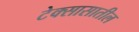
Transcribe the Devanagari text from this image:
टेक्सासातील